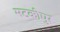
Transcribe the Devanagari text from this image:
मटकीपुर